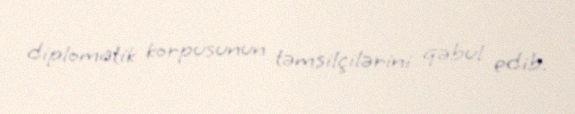
diplomatik korpusunun təmsilçilərini qəbul edib.